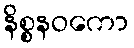
နိစ္စနဝကော